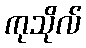
ကုသိုလ်